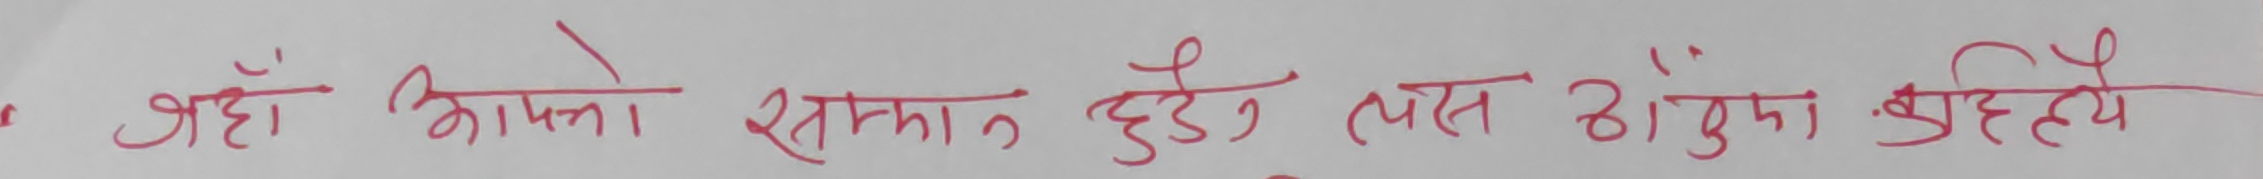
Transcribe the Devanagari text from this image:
जहाँ आफ्नो सस्कार हुन्छ, त्यहाँ ठुंगा झुकेहेछ।